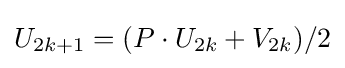
U_{2k+1}=(P\cdot U_{2k}+V_{2k})/2